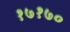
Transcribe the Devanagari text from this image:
१७१७०